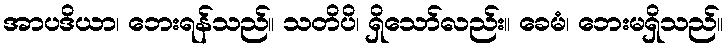
အာပဒိယာ၊ ဘေးရန်သည်။ သတိပိ၊ ရှိသော်လည်း။ ခေမံ၊ ဘေးမရှိသည်။